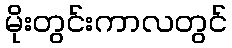
မိုးတွင်းကာလတွင်